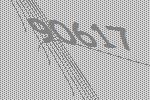
90617